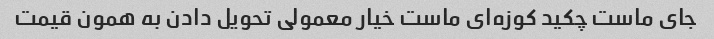
جای ماست چکید کوزه‌ای ماست خیار معمولی تحویل دادن به همون قیمت